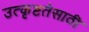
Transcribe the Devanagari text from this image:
उत्कृष्टतेसाठी